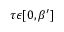
\tau \epsilon [ 0 , \beta ^ { \prime } ]